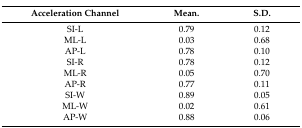
<table><thead><tr><td><b>Acceleration Channel</b></td><td><b>Mean.</b></td><td><b>S.D.</b></td></tr></thead><tbody><tr><td>SI-L</td><td>0.79</td><td>0.12</td></tr><tr><td>ML-L</td><td>0.03</td><td>0.68</td></tr><tr><td>AP-L</td><td>0.78</td><td>0.10</td></tr><tr><td>SI-R</td><td>0.78</td><td>0.12</td></tr><tr><td>ML-R</td><td>0.05</td><td>0.70</td></tr><tr><td>AP-R</td><td>0.77</td><td>0.11</td></tr><tr><td>SI-W</td><td>0.89</td><td>0.05</td></tr><tr><td>ML-W</td><td>0.02</td><td>0.61</td></tr><tr><td>AP-W</td><td>0.88</td><td>0.06</td></tr></tbody></table>